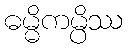
ဓမ္မိကမ္ပိဿ